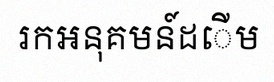
រកអនុគមន៍ដើម